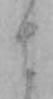
ま